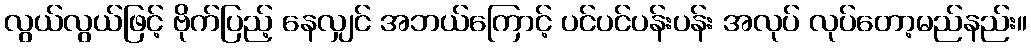
လွယ်လွယ်ဖြင့် ဗိုက်ပြည့် နေလျှင် အဘယ်ကြောင့် ပင်ပင်ပန်းပန်း အလုပ် လုပ်တော့မည်နည်း။